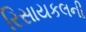
રિસાયકલની